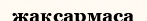
жақсармаса